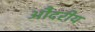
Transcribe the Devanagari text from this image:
औदरीय